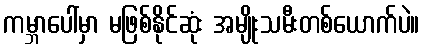
ကမ္ဘာပေါ်မှာ မဖြစ်နိုင်ဆုံး အမျိုးသမီးတစ်ယောက်ပဲ။